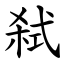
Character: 弑